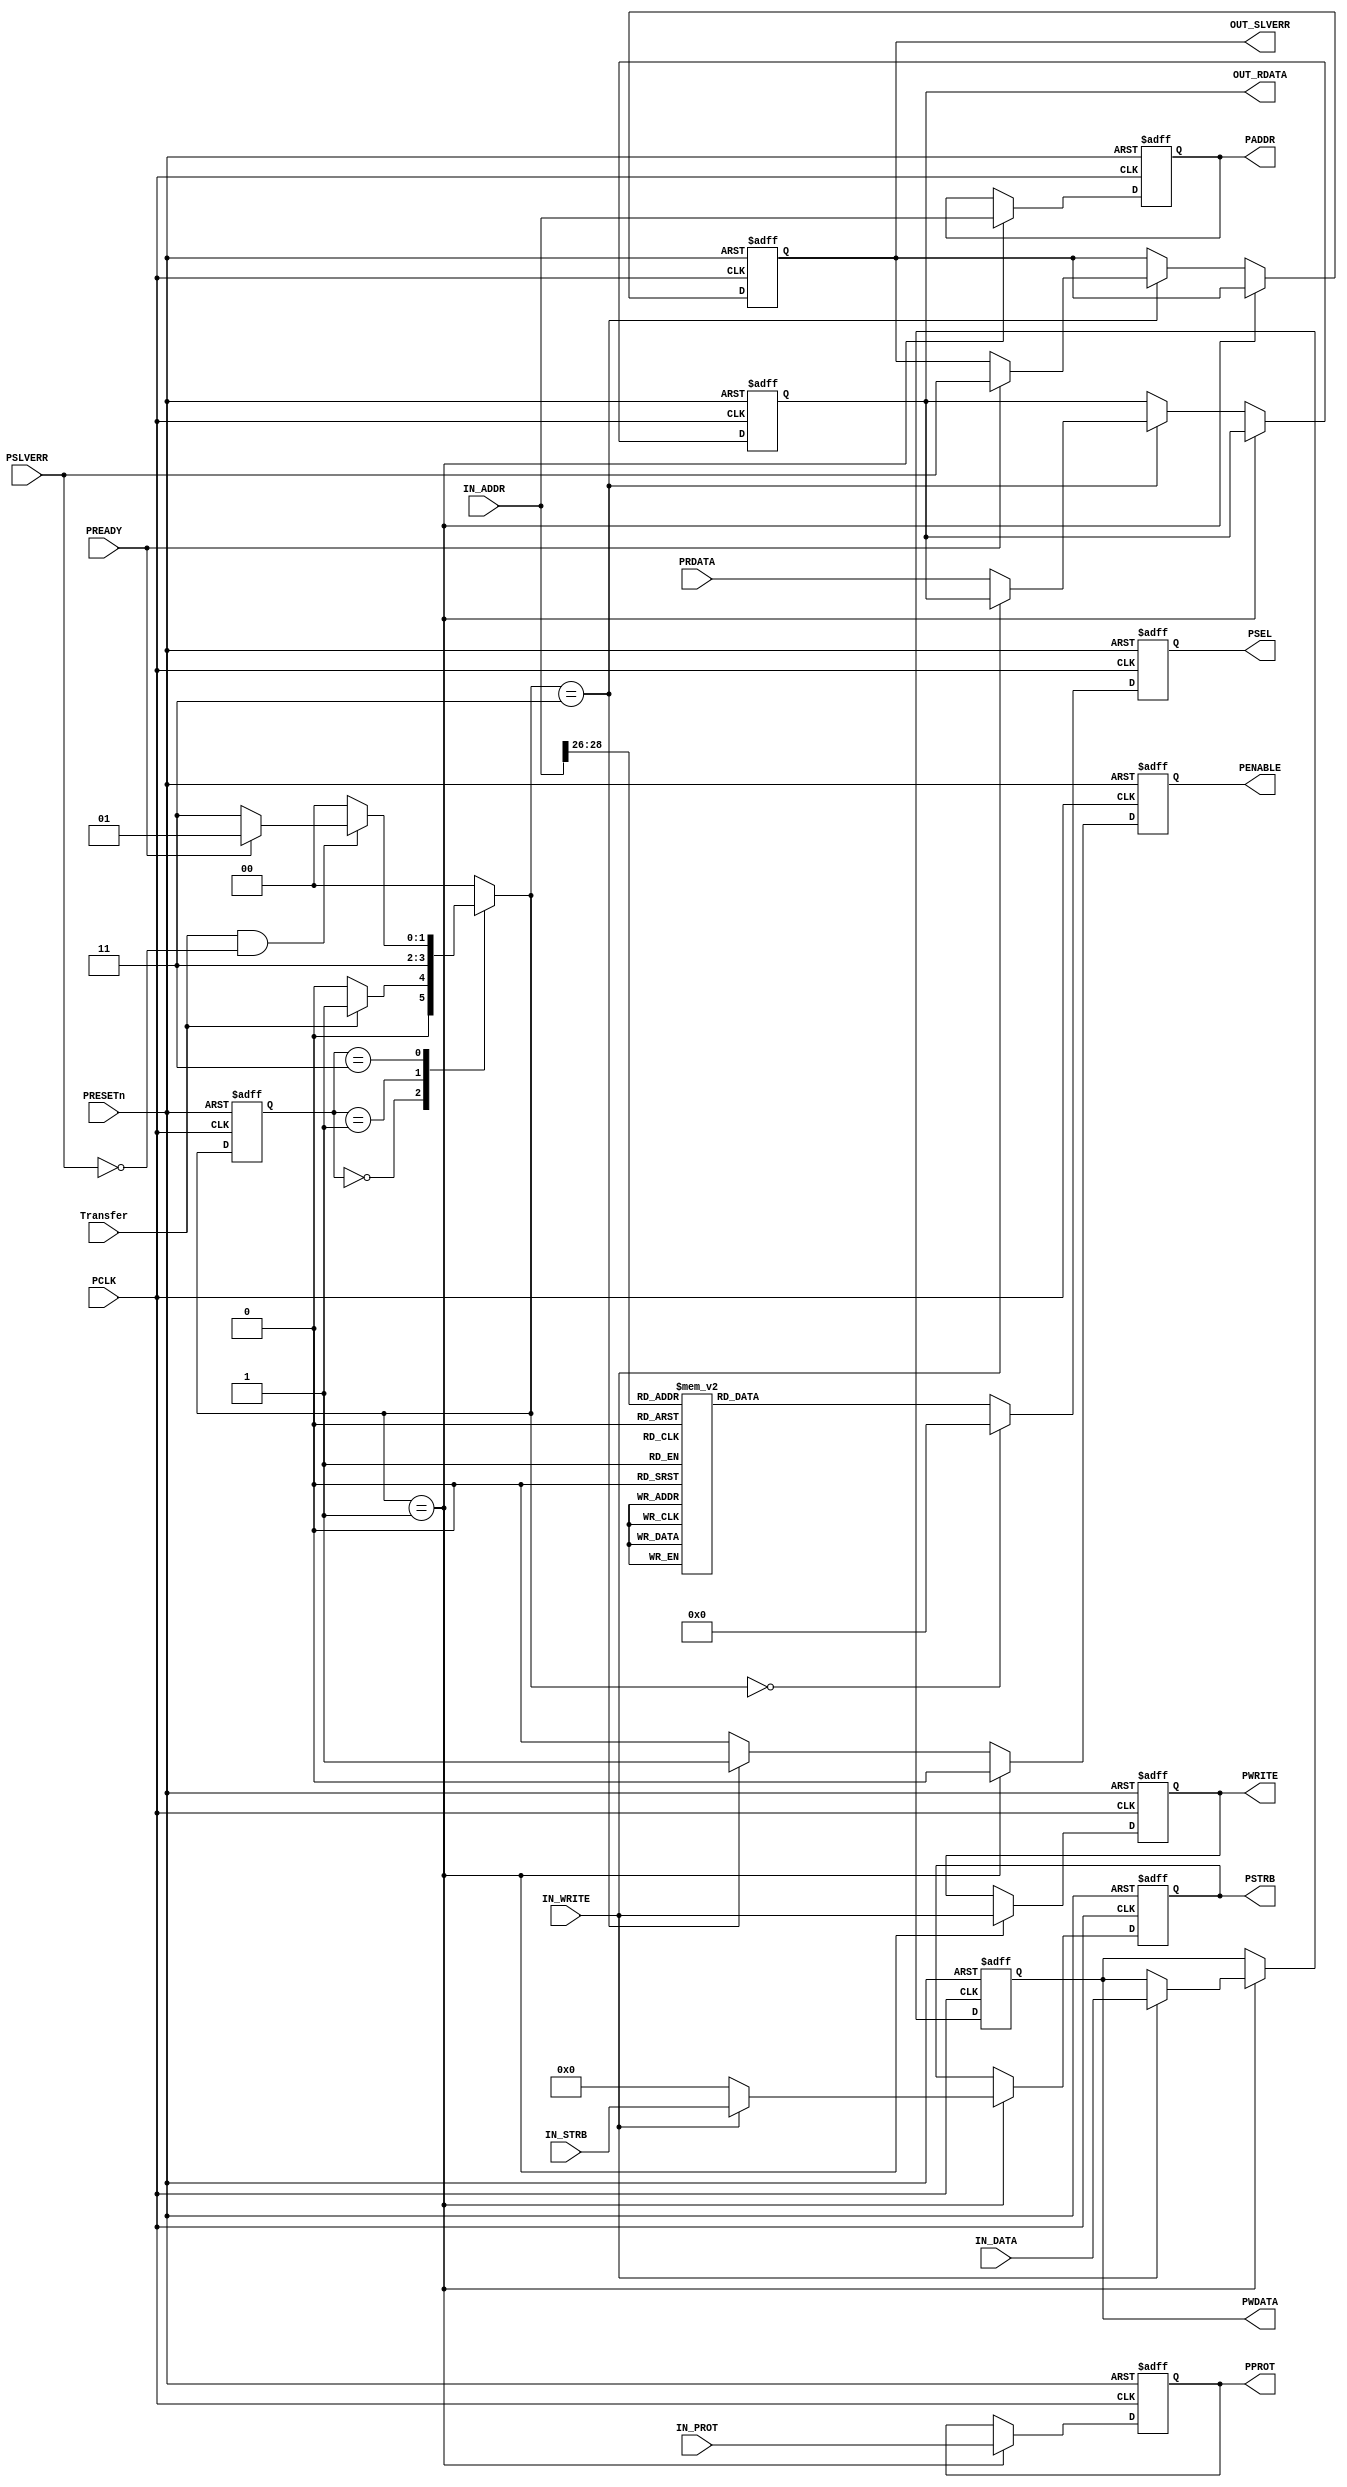
////////////////////////////////////////////////////////////////////////////////// 
// Design Name:  APB_MASTER
// Module Name:  APB_MASTER
// Project Name: AMBA BUS Assignment
// 
// Description:  The AHB-APB bridge is an AHB slave, providing an interface between
//               the high-speed AHB domain and the low-power APB domain. 
//               Read and write Transfers on the AHB are converted into corresponding
//               Transfers on the APB through a master interface.
// 
// Team Members: 1- Alaa Salah Abd El-FattaH
//               2- Youssef Emad
//                
//////////////////////////////////////////////////////////////////////////////////

////////////////////////////////////////////////////////
//////////////// Module Difinition ///////////////////// 
////////////////////////////////////////////////////////
module APB_MASTER #(parameter DATA_WIDTH = 'd32,  ADDRESS_WIDTH = 'd32, STRB_WIDTH = 'd4, SLAVES_NUM = 'd8) (
input  wire                      PCLK       ,
input  wire                      PRESETn    ,
input  wire  [ADDRESS_WIDTH-1:0] IN_ADDR    ,
input  wire  [DATA_WIDTH-1:0]    IN_DATA    ,
input  wire  [DATA_WIDTH-1:0]    PRDATA     ,
input  wire  [2:0]               IN_PROT    ,
input  wire                      IN_WRITE   ,
input  wire  [STRB_WIDTH-1:0]    IN_STRB    ,
input  wire                      Transfer   ,
input  wire                      PREADY     ,
input  wire                      PSLVERR    ,

output reg                       OUT_SLVERR ,
output reg   [DATA_WIDTH-1:0]    OUT_RDATA  ,
output reg   [ADDRESS_WIDTH-1:0] PADDR      ,
output reg   [DATA_WIDTH-1:0]    PWDATA     ,
output reg                       PWRITE     ,
output reg                       PENABLE    ,
output reg   [2:0]               PPROT      ,
output reg   [STRB_WIDTH-1:0]    PSTRB      ,
output reg     [SLAVES_NUM-1:0]  PSEL
  ); 

  //////////////////////////////////////////////////////
 //////////////// Control Signals /////////////////////
//////////////////////////////////////////////////////
  reg  [1:0]  current_state , 
              next_state    ;

  //////////////////////////////////////////////////////
 ///////// States Encoded in Gray Encoding ////////////
//////////////////////////////////////////////////////
  localparam   [1:0]   IDLE     = 2'b00 ,
                       SETUP    = 2'b01 ,
                       ENABLE   = 2'b11 ;
  
  //////////////////////////////////////////////////////
 //////////////// State Transition ////////////////////
//////////////////////////////////////////////////////
  always @(posedge PCLK or negedge PRESETn)
    begin
      if(!PRESETn)
        begin
          current_state <= IDLE;          
        end
      else
        begin
          current_state <= next_state; 
        end 
    end

////////////////////////////////////////////////////////
///////////////// Next State Logic  /////////////////////
////////////////////////////////////////////////////////
  always@(*)
    begin
      case(current_state)            
            IDLE:   begin 
                      if(!Transfer)
                        begin
                          next_state = IDLE ;
                        end
                      else
                        begin
                          next_state = SETUP ; 
                        end
                    end
            SETUP:  begin
                      next_state = ENABLE ;
                    end
            ENABLE: begin
                      if(Transfer & !PSLVERR)
                        begin
                          if(PREADY)
                            begin
                              next_state = SETUP ;
                            end
                          else
                            begin
                              next_state = ENABLE ;
                            end
                        end
                      else 
                        begin
                         next_state = IDLE ;
                        end
                    end
            default: next_state = IDLE ; 
      endcase
    end

////////////////////////////////////////////////////////
////////////////// Address Decoding ///////////////////// 
////////////////////////////////////////////////////////
  always @(posedge PCLK, negedge PRESETn) 
    begin
      if (!PRESETn)
        begin
     	    PSEL = 'b0 ;
        end
      else if (next_state == IDLE)
        begin
          PSEL = 'b0 ;
        end
      else
        begin
     	    case(IN_ADDR[28:26])
            3'b000: begin 
                      PSEL = 'b0000_0001 ;
                    end
            3'b001: begin 
                      PSEL = 'b0000_0010 ;
                    end
            3'b010: begin 
                      PSEL = 'b0000_0100 ;
                    end
            3'b011: begin 
                      PSEL = 'b0000_1000 ;
                    end
            3'b100: begin 
                      PSEL = 'b0001_0000 ;
                    end
            3'b101: begin 
                      PSEL = 'b0010_0000 ;
                    end
            3'b110: begin 
                      PSEL = 'b0100_0000 ;
                    end
            3'b111: begin 
                      PSEL = 'b1000_0000 ;
                    end
            default:begin 
                      PSEL = 'b0000_0000 ;
                    end
          endcase
        end
    end

  /////////////////////////////////////////////////////
 ///////////////// OUTPUT LOGIC //////////////////////                                                
/////////////////////////////////////////////////////
 always @(posedge PCLK, negedge PRESETn)
   begin
     if(!PRESETn) 
       begin
         PENABLE    <= 1'b0 ;
         PADDR      <=  'b0 ;
         PWDATA     <=  'b0 ;
         PWRITE     <= 1'b0 ;
         OUT_RDATA  <=  'b0 ;
         PSTRB      <=  'b0 ;
         PPROT      <= 3'b0 ;
         OUT_SLVERR <= 1'b0 ;
       end
     else if(next_state == SETUP)
       begin
         PENABLE   <= 1'b0     ;
         PADDR     <= IN_ADDR  ;
         PWRITE    <= IN_WRITE ;
         PPROT     <= IN_PROT  ;
         if(IN_WRITE)
           begin
             PWDATA <= IN_DATA ;
             PSTRB  <= IN_STRB ;
           end
         else 
           begin
             PSTRB <= 'b0 ;
           end 
       end
     else if(next_state == ENABLE)
       begin
         PENABLE <= 1'b1;
         if(PREADY)
           OUT_SLVERR <= PSLVERR ;
           begin
             if(!IN_WRITE)
               begin
                 OUT_RDATA <= PRDATA ;
               end
           end
       end 
      else
        begin
          PENABLE <= 1'b0;
        end 

   end 

 endmodule